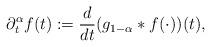
LaTeX: \begin{align*}\partial_{t}^{\alpha}f(t) := \frac{d}{dt}(g_{1-\alpha}*f(\cdot))(t),\end{align*}